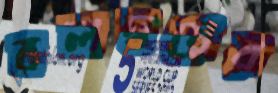
বলদ্বয়ের